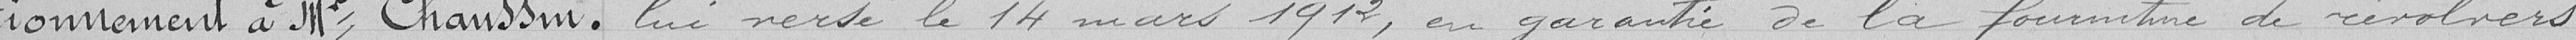
tionnement à Monsieur Chaussin.  lui versé le 14 mars 1912, en garantie de la fourniture de révolvers